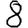
Digit: 8